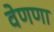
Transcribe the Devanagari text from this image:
वेणणा